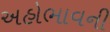
અહોભાવની